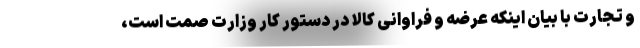
و تجارت با بیان اینکه عرضه و فراوانی کالا در دستور کار وزارت صمت است،